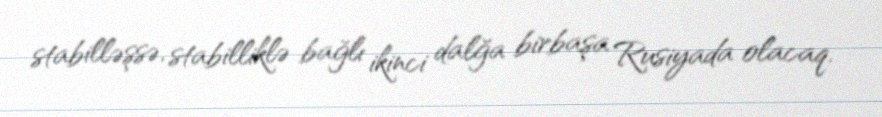
stabilləşsə, stabilliklə bağlı ikinci dalğa birbaşa Rusiyada olacaq.